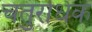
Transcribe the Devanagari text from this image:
चतुरधिकं